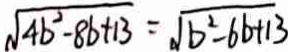
\sqrt { 4 b ^ { 2 } - 8 b + 1 3 } = \sqrt { b ^ { 2 } - 6 b + 1 3 }